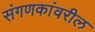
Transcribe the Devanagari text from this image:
संगणकांवरील